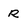
Character: R